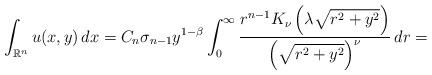
LaTeX: \begin{align*}\int_{\mathbb{R}^n}u(x,y)\,dx=C_n\sigma_{n-1}y^{1-\beta}\int_0^{\infty}\frac{r^{n-1}K_{\nu}\left(\lambda\sqrt{r^2+y^2}\right)}{\left(\sqrt{r^2+y^2}\right)^{\nu}}\,dr=\end{align*}